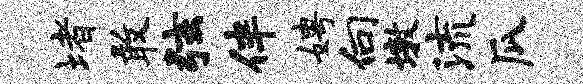
堵敢弦伴娉向墩流瓜